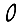
Digit: 0